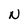
Character: N